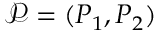
\mathcal { P } = ( P _ { 1 } , P _ { 2 } )